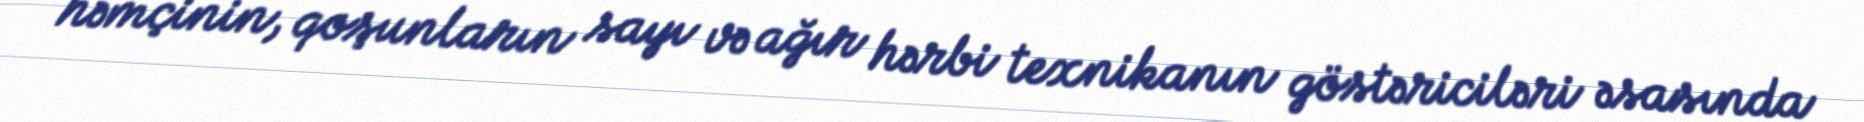
həmçinin, qoşunların sayı və ağır hərbi texnikanın göstəriciləri əsasında